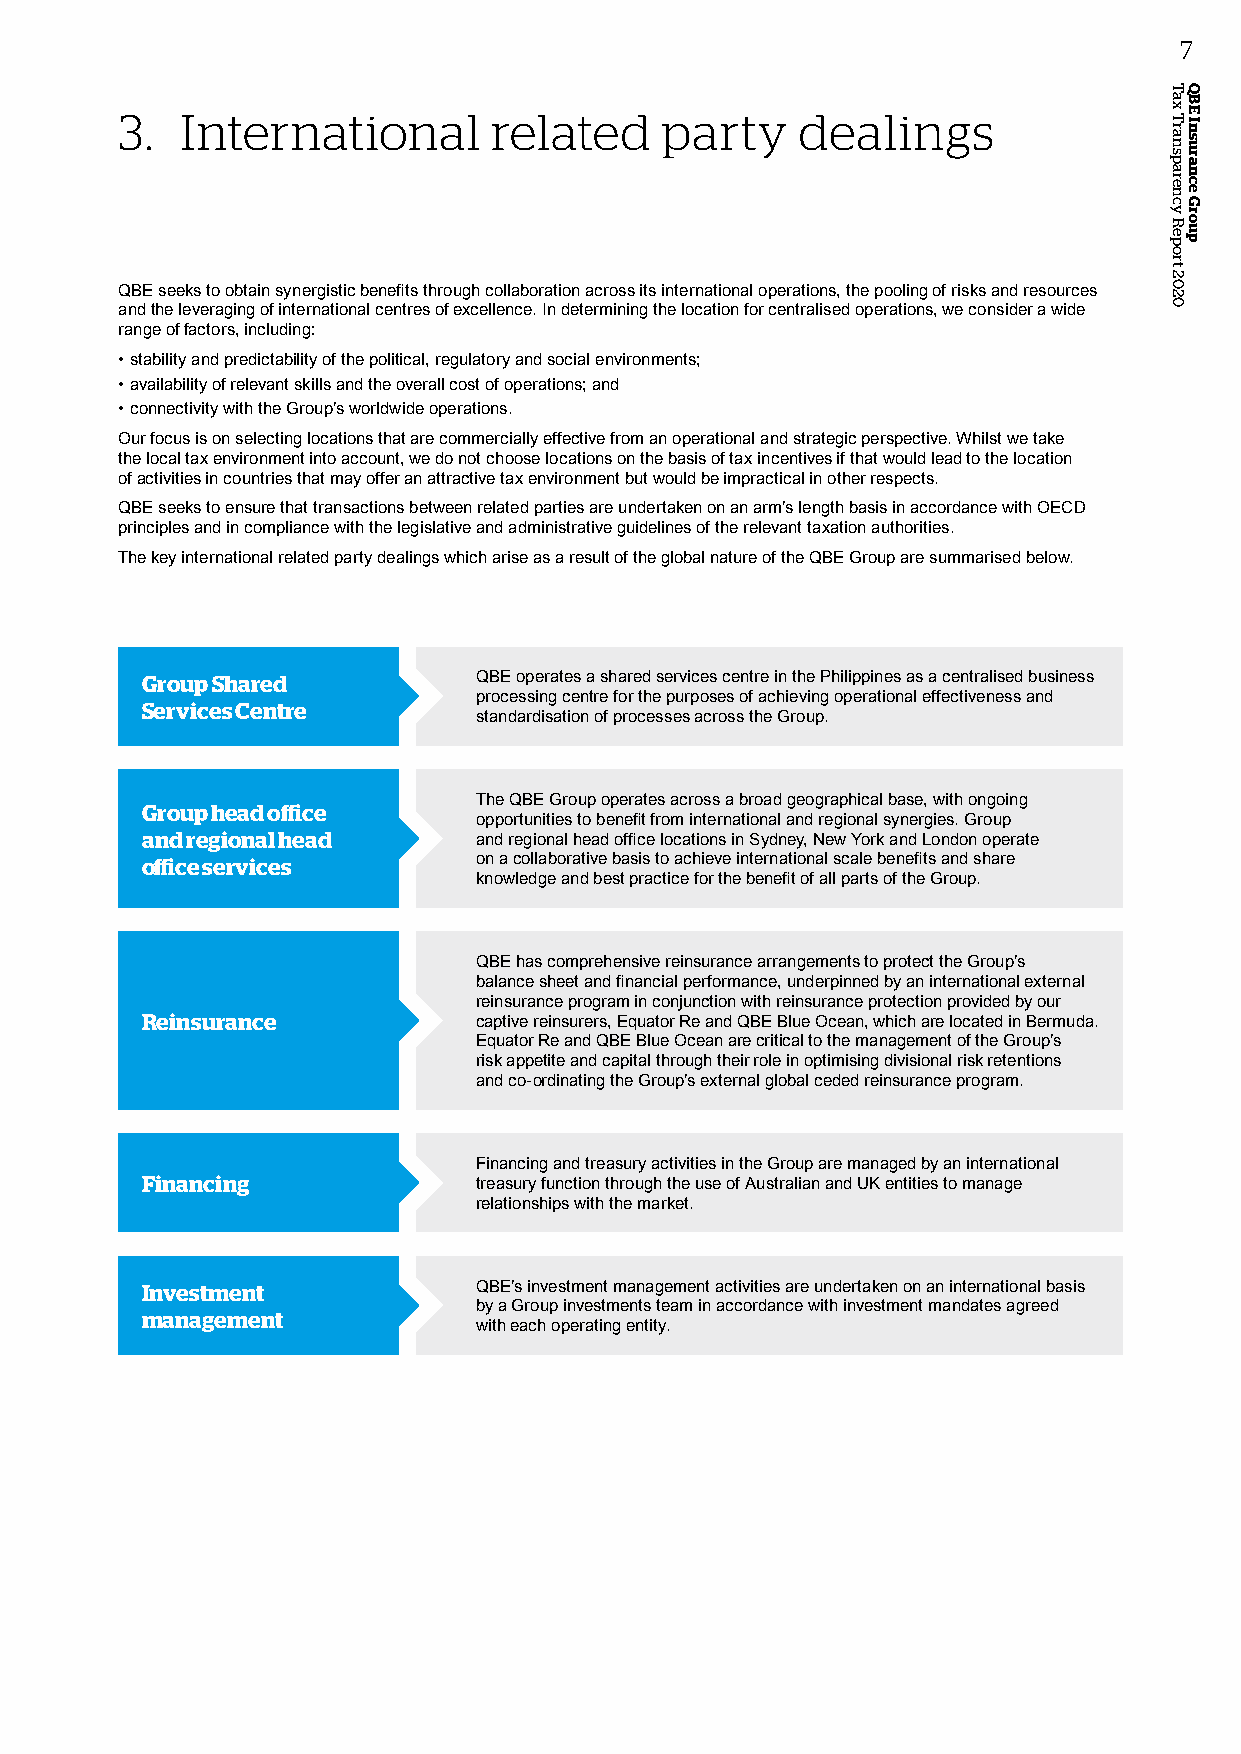
7
 3.  International       related     party    dealings
 QBE seeks to obtain synergistic benefits through collaboration across its international operations, the pooling of risks and resources
 and the leveraging of international centres of excellence. In determining the location for centralised operations, we consider a wide
 range of factors, including:
 • stability and predictability of the political, regulatory and social environments;
 • availability of relevant skills and the overall cost of operations; and
 • connectivity with the Group’s worldwide operations.
 Our focus is on selecting locations that are commercially effective from an operational and strategic perspective. Whilst we take
 the local tax environment into account, we do not choose locations on the basis of tax incentives if that would lead to the location
 of activities in countries that may offer an attractive tax environment but would be impractical in other respects.
 QBE seeks to ensure that transactions between related parties are undertaken on an arm’s length basis in accordance with OECD
 principles and in compliance with the legislative and administrative guidelines of the relevant taxation authorities.
 The key international related party dealings which arise as a result of the global nature of the QBE Group are summarised below.
 Group Shared          QBE operates a shared services centre in the Philippines as a centralised business
 processing centre for the purposes of achieving operational effectiveness and
 Services Centre
 standardisation of processes across the Group.
 The QBE Group operates across a broad geographical base, with ongoing
 Group head office
 opportunities to benefit from international and regional synergies. Group
 and regional head     and regional head office locations in Sydney, New York and London operate
 office services       on a collaborative basis to achieve international scale benefits and share
 knowledge and best practice for the benefit of all parts of the Group.
 QBE has comprehensive reinsurance arrangements to protect the Group’s
 balance sheet and financial performance, underpinned by an international external
 reinsurance program in conjunction with reinsurance protection provided by our
 Reinsurance           captive reinsurers, Equator Re and QBE Blue Ocean, which are located in Bermuda.
 Equator Re and QBE Blue Ocean are critical to the management of the Group’s
 risk appetite and capital through their role in optimising divisional risk retentions
 and co-ordinating the Group’s external global ceded reinsurance program.
 Financing and treasury activities in the Group are managed by an international
 Financing             treasury function through the use of Australian and UK entities to manage
 relationships with the market.
 Investment            QBE’s investment management activities are undertaken on an international basis
 by a Group investments team in accordance with investment mandates agreed
 management
 with each operating entity.
 Tax
 Transparency
 Report
 2020
 QBE
 Insurance
 Group